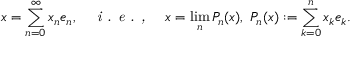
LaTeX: x = \sum _ { n = 0 } ^ { \infty } x _ { n } e _ { n } , \quad { \textit { i . e . , } } \quad x = \operatorname* { l i m } _ { n } P _ { n } ( x ) , \ P _ { n } ( x ) : = \sum _ { k = 0 } ^ { n } x _ { k } e _ { k } .